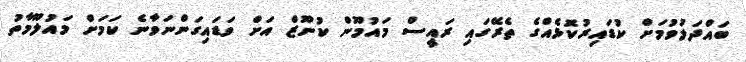
ބައްދަލުވުމަށް ކުޑައިރުކޮޅެއްގެ ތެރޭގައި ރައީސް މައުމޫން ކުނޫޒް އަށް ވަޑައިގަންނަވާނެ ކަމަށް މައުލޫމާތު